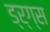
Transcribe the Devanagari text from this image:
ड्र्ग्स